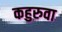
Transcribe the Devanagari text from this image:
कहुरुवा